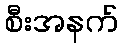
စီးအနက်